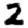
Digit: 2